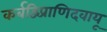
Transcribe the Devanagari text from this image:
कर्बद्विप्राणिदवायू